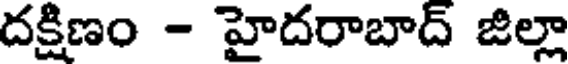
దక్షిణం - హైదరాబాద్ జిల్లా